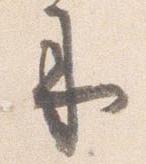
来